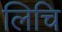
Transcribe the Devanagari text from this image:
लिचि